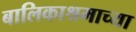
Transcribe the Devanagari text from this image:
बालिकाश्रमाच्या